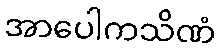
အာပေါကသိဏံ